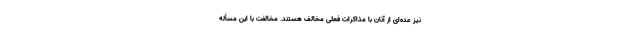
نیز عده‌ای از آنان با مذاکرات فعلی مخالف هستند. مخالفت با این مسأله